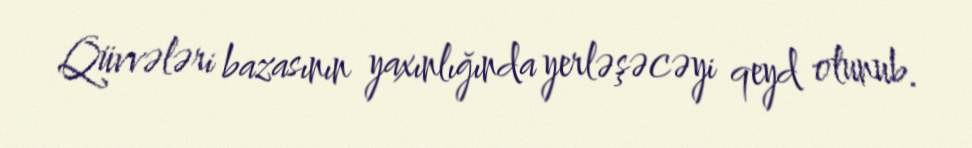
Qüvvələri bazasının yaxınlığında yerləşəcəyi qeyd olunub.